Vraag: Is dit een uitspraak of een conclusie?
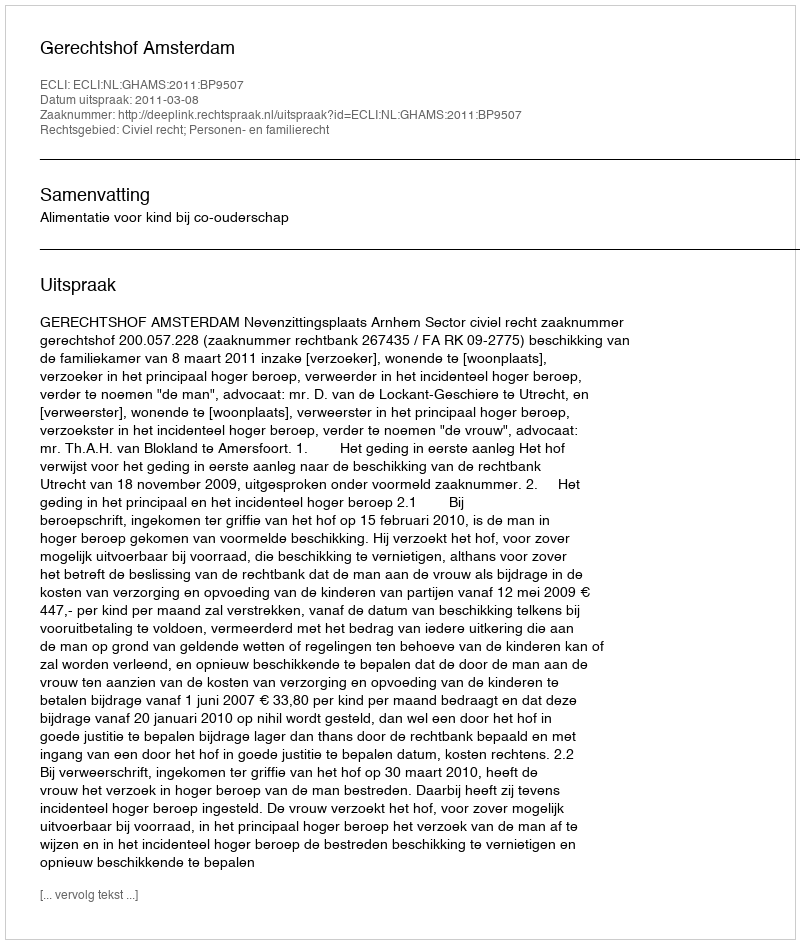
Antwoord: Uitspraak